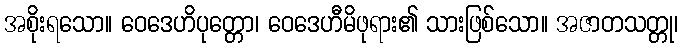
အစိုးရသော။ ဝေဒေဟိပုတ္တော၊ ဝေဒေဟီမိဖုရား၏ သားဖြစ်သော။ အဇာတသတ္တု၊